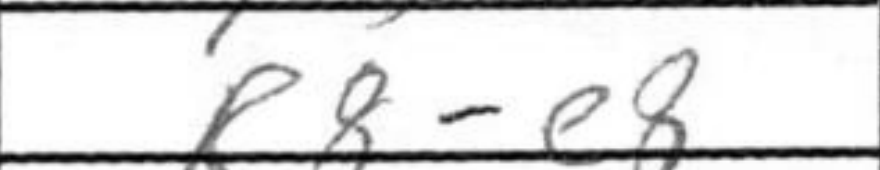
Transcription: R8e8